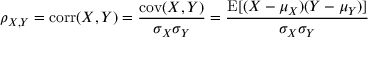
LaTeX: \rho _ { X , Y } = \operatorname { c o r r } ( X , Y ) = { \frac { \operatorname { c o v } ( X , Y ) } { \sigma _ { X } \sigma _ { Y } } } = { \frac { \operatorname { E } [ ( X - \mu _ { X } ) ( Y - \mu _ { Y } ) ] } { \sigma _ { X } \sigma _ { Y } } }